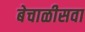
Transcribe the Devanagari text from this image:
बेचाळीसवा